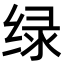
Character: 绿